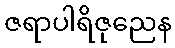
ဇရာပါရိဇုညေန